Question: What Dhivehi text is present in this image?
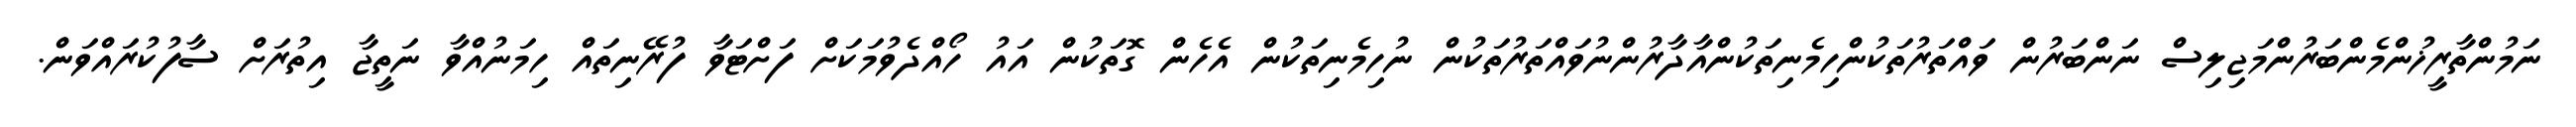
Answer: ނަމުންތާރީޚުންމެންބަރުންމަޖިލިސް ނަންބަރުން ވައްތަރުތަކުންހިމެނިތަކުންއާދާރުންނުވައްތަރުތަކުން ނުހިމެނިތަކުން އެހެން ގޮތަކުން އައު ހޯއްދެވުމަކަށް ފަށްޓަވާ ފުރޭނިތައް ހިމަނުއްވާ ނަތީޖާ އިތުރަށް ސާފުކުރައްވަން.